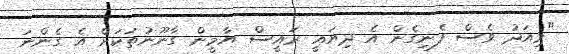
"މިއަދު ވެސް ފެނިގެން އެ ދިޔައީ ރައީސް ޔާމީން ގާނޫނުތަކަށް އެ ގެންނަ